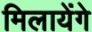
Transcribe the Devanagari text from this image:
मिलायेंगे